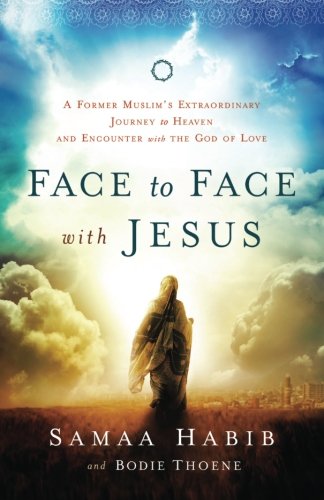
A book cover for Face to Face with Jesus: A Former Muslim's Extraordinary Journey to Heaven and Encounter with the God of Love; Samaa Habib; Christian Books & Bibles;